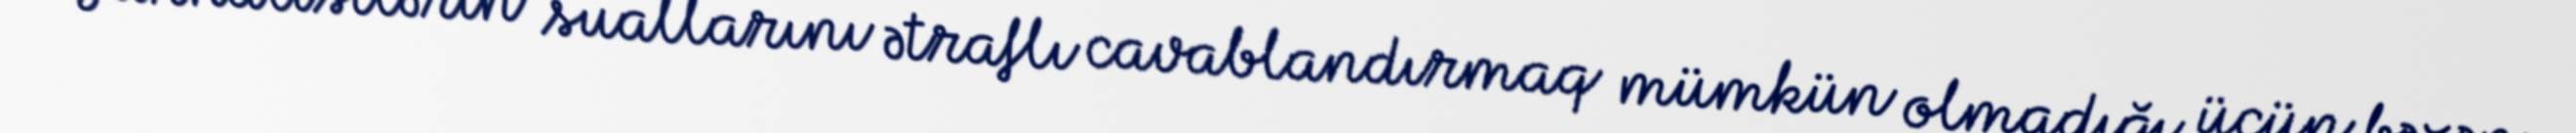
Jurnalistlərin suallarını ətraflı cavablandırmaq mümkün olmadığı üçün bəzən